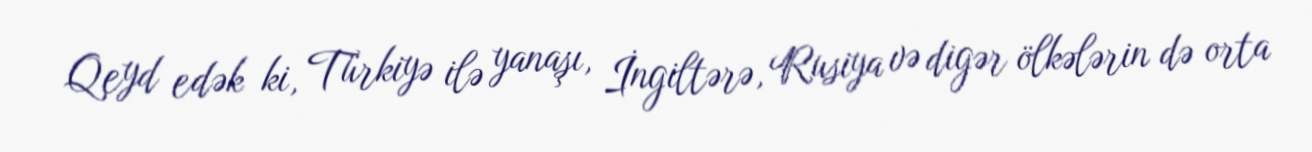
Qeyd edək ki, Türkiyə ilə yanaşı, İngiltərə, Rusiya və digər ölkələrin də orta